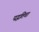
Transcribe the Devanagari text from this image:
पद्धतिचा